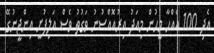
އެދި 100 އެއްހާ މީހުން މިއަދު އިރުއޮއްސުނު ވަގުތު ވެސް އަލިފުށީ އިންޖީނުގޭ